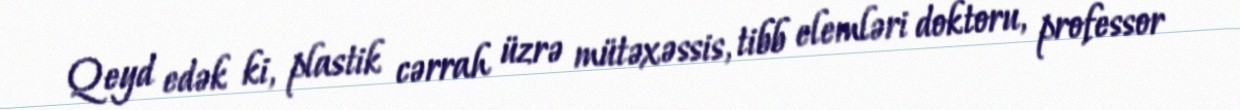
Qeyd edək ki, plastik cərrah üzrə mütəxəssis, tibb elemləri doktoru, professor